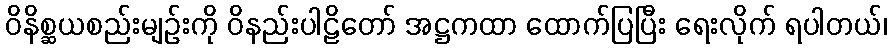
ဝိနိစ္ဆယစည်းမျဉ်းကို ဝိနည်းပါဠိတော် အဋ္ဌကထာ ထောက်ပြပြီး ရေးလိုက် ရပါတယ်၊